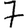
Digit: 7